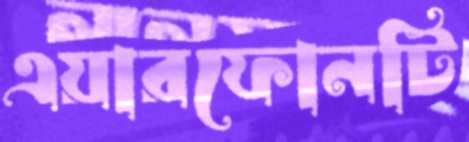
এয়ারফোনটি